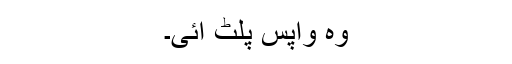
وہ واپس پلٹ آئی۔